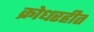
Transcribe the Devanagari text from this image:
क्रोधरहीत